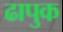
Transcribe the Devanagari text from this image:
ढापुक